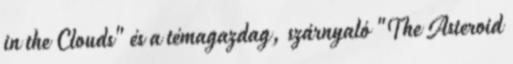
in the Clouds" és a témagazdag, szárnyaló "The Asteroid